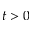
t > 0